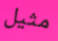
مثيل